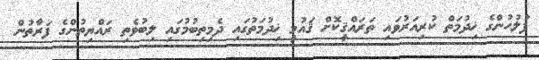
ފުލުހުންގެ ޚިދުމަތް ކުރިއަރުވައި ތަރައްޤީކޮށް ޤައުމީ ޚިދުމަތުގައި ދެމިތިބުމުގައި ލިބުވެތި ރައްޔިތުންގެ ފަރާތުން